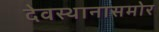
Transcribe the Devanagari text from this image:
देवस्थानासमोर